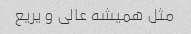
مثل همیشه عالی و یریع